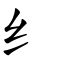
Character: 纟